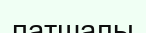
патшалы